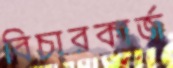
বিচারকার্জ